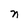
Character: n